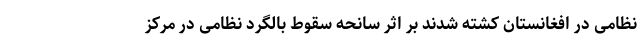
نظامی در افغانستان کشته شدند بر اثر سانحه سقوط بالگرد نظامی در مرکز